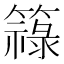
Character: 簶